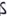
Text: S